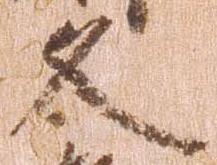
文